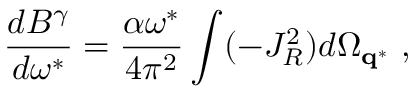
\frac { d B ^ { \gamma } } { d \omega ^ { * } } = \frac { \alpha \omega ^ { * } } { 4 \pi ^ { 2 } } \int ( - J _ { R } ^ { 2 } ) d \Omega _ { { \bf q } ^ { * } } \ ,